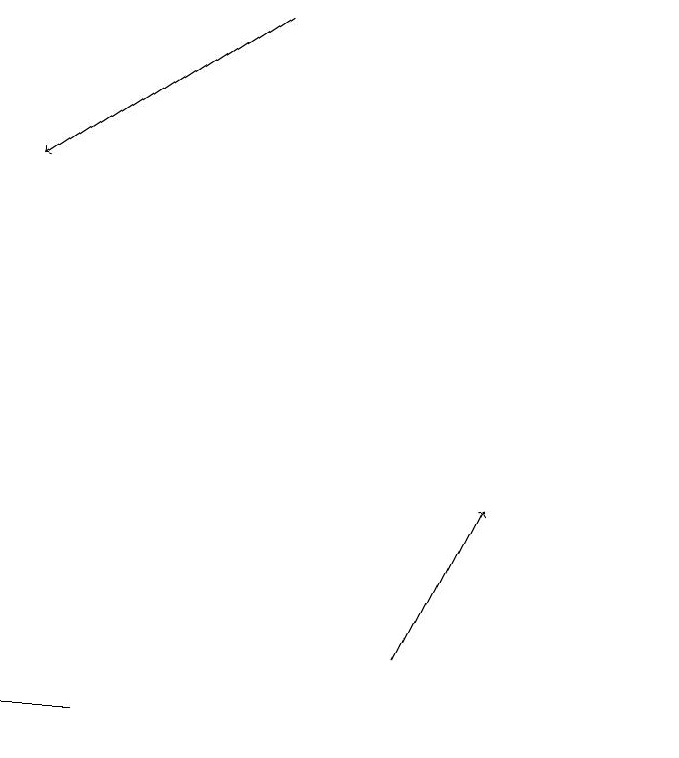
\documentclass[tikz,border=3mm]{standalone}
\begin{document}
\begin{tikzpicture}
\draw[->] (6,19) -- (3,17);
\draw[->] (8,11) -- (9,13);
\draw (11,10) circle (0);
\draw[->] (4,10) -- (3,10);
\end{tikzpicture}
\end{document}